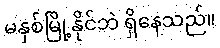
မနှစ်မြို့နိုင်ဘဲ ရှိနေသည်။